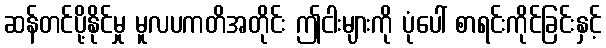
ဆန်တင်ပို့နိုင်မှု မူလပကတိအတိုင်း ဤငါးများကို ပုံပေါ် စာရင်းကိုင်ခြင်းနှင့်